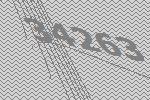
34263